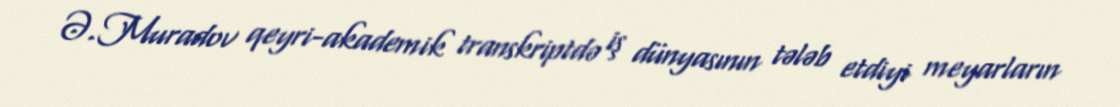
Ə.Muradov qeyri-akademik transkriptdə iş dünyasının tələb etdiyi meyarların